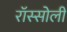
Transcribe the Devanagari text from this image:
रॉस्सोली